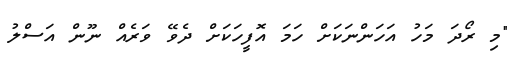
"މި ރޯދަ މަހު އަހަންނަކަށް ހަމަ އޮފީހަކަށް ދެވޭ ވަރެއް ނޫން އަސްލު